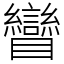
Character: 矕